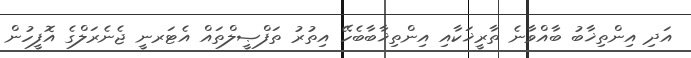
އަދި އިންތިޚާބު ބާއްވާނެ ތާރީޚަކާއި އިންތިޚާބާބެހޭ އިތުރު ތަފްޞީލްތައް އެޓަރނީ ޖެނެރަލްގެ އޮފީހުން